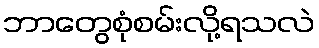
ဘာတွေစုံစမ်းလို့ရသလဲ